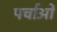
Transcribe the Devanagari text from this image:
पर्चाओं